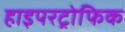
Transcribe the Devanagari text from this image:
हाइपरट्रोफिक